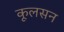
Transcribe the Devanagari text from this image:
कूलसन